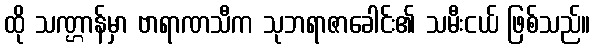
ထို သဏ္ဌာန်မှာ ဗာရာဏသီက သုဘရာဇာခေါင်း၏ သမီးငယ် ဖြစ်သည်။